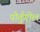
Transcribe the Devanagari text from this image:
पोर्तुगील